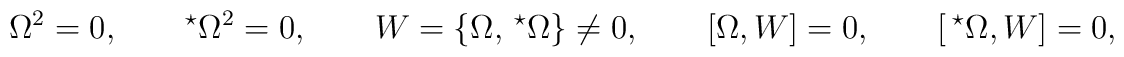
\Omega^2 = 0, \qquad ^\star \Omega^2 = 0,\qquadW = \{ \Omega, \,^\star \Omega \} \neq 0,\qquad[ \Omega, W ] = 0, \qquad  [ \,^\star \Omega, W ] = 0,